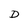
Character: D